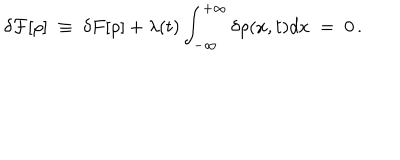
\delta { \cal F } [ \rho ] \; \equiv \; \delta { F } [ \rho ] + \lambda ( t ) \int _ { - \infty } ^ { + \infty } \delta \rho ( x , t ) d x \; = \; 0 \, .